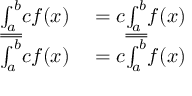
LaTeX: \begin{array} { r l } { { \underline { { \int _ { a } ^ { b } } } } c f ( x ) } & { { } = c { \underline { { \int _ { a } ^ { b } } } } f ( x ) } \\ { { \overline { { \int _ { a } ^ { b } } } } c f ( x ) } & { { } = c { \overline { { \int _ { a } ^ { b } } } } f ( x ) } \end{array}